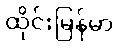
ထိုင်းမြန်မာ